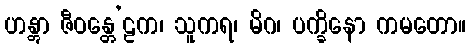
ဟန္တွာ ဇီဝန္တေ’ဠက၊ သူကရ၊ မိဂ၊ ပက္ခိနော ကမတော။